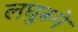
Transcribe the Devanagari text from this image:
लघुरूपे